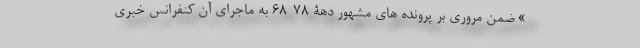
» ضمن مروری بر پرونده های مشهور دهۀ 78-68 به ماجرای آن کنفرانس خبری